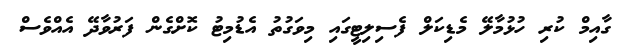
ގާއިމް ކުރި ހުޅުމާލޭ މެޑިކަލް ފެސިލިޓީގައި މިވަގުތު އެޑުމިޓު ކޮށްގެން ފަރުވާދޭ އެއްވެސް